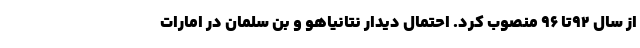
از سال ۹۲تا ۹۶ منصوب کرد. احتمال دیدار نتانیاهو و بن سلمان در امارات